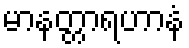
မာနတ္တာရဟာနံ